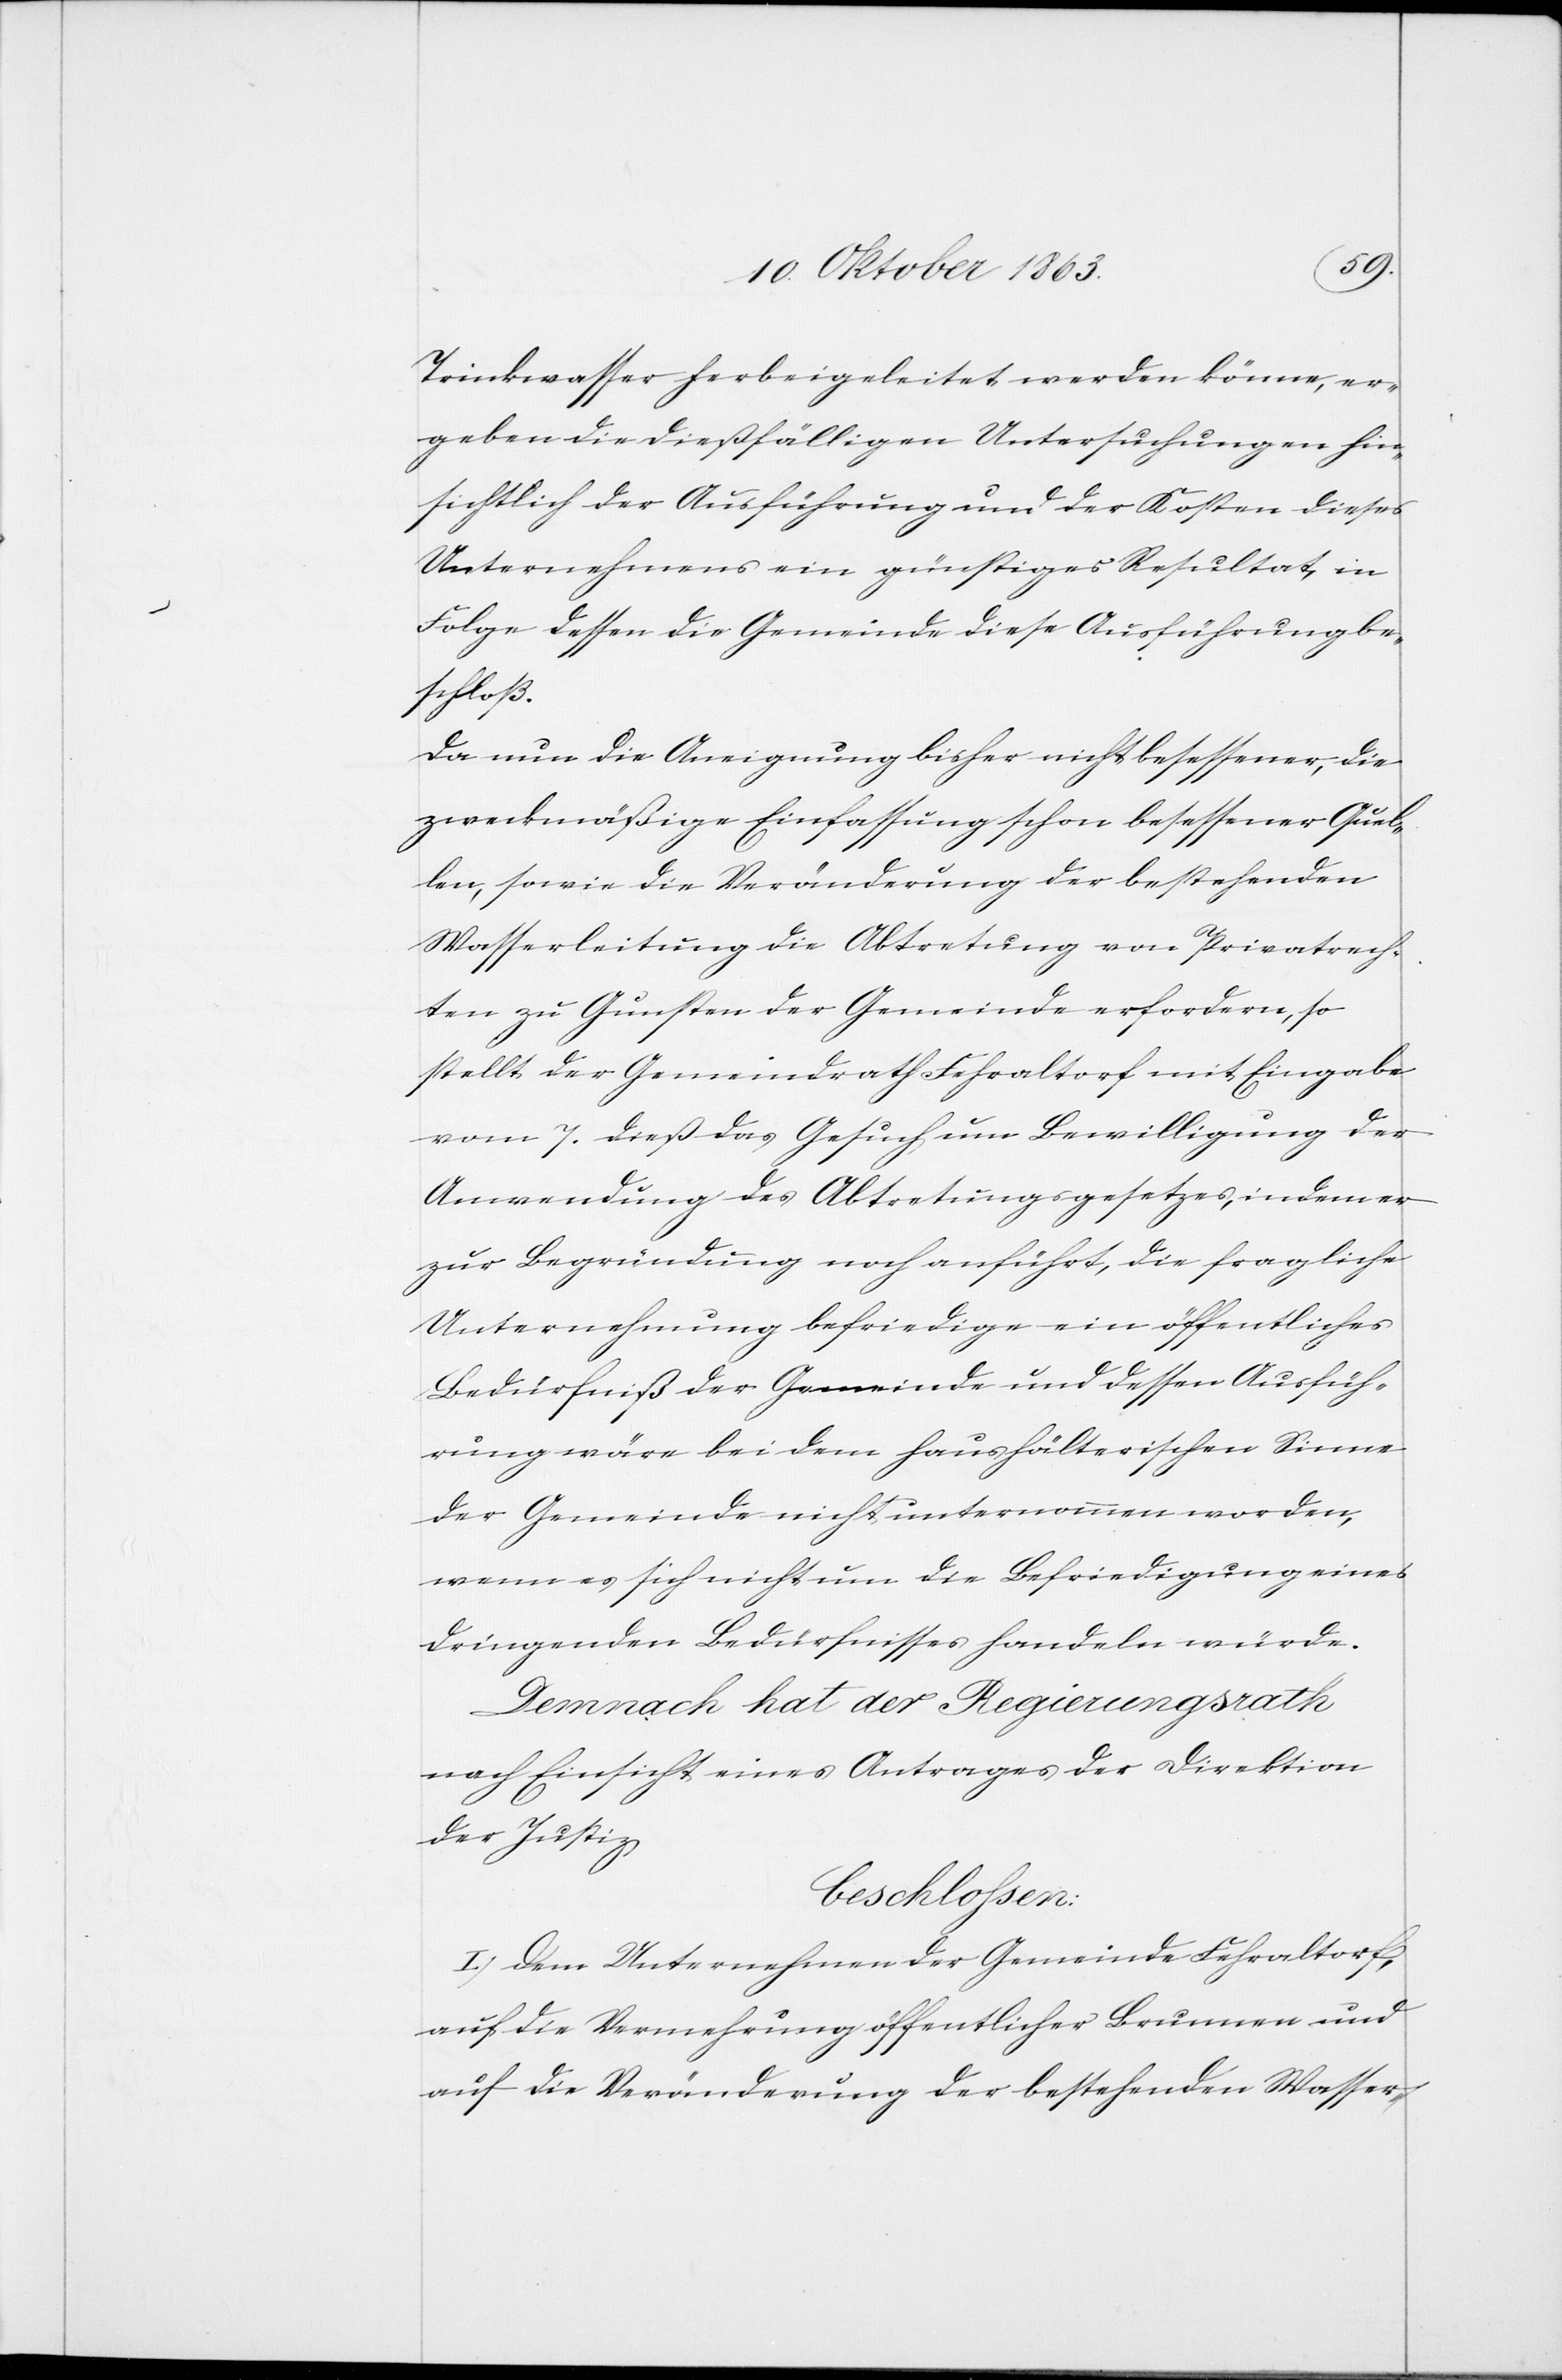
Trinkwasser herbeigeleitet werden könne, er¬
geben die dießfälligen Untersuchungen hin¬
sichtlich der Ausführung und der Kosten dieses
Unternehmens ein günstiges Resultat, in
Folge dessen die Gemeinde diese Ausführung be¬
schloß.
Da nun die Aneignung bisher nicht besessener, die
zweckmäßige Einfassung schon besessener Quel¬
len, sowie die Veränderung der bestehenden
Wasserleitung die Abtretung von Privatrech¬
ten zu Gunsten der Gemeinde erfordern, so
stellt der Gemeindrath Fehraltorf mit Eingabe
vom 7. dieß das Gesuch um Bewilligung der
Anwendung des Abtretungsgesetzes, indem er
zur Begründung noch anführt, die fragliche
Unternehmung befriedige ein öffentliches
Bedürfniß der Gemeinde und dessen Ausfüh¬
rung wäre bei dem haushälterischen Sinne
der Gemeinde nicht unternommen worden,
wenn es sich nicht um die Befriedigung eines
dringenden Bedürfnisses handeln würde.
Demnach hat der Regierungsrath
nach Einsicht eines Antrages der Direktion
der Justiz
beschlossen:
I. Dem Unternehmen der Gemeinde Fehraltorf,
auf die Vermehrung öffentlicher Brunnen und
auf die Veränderung der bestehenden Wasser-